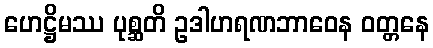
ဟေဋ္ဌိမဿ ပုစ္ဆတိ ဥဒါဟရဏဘာဝေန ဝတ္တနေ